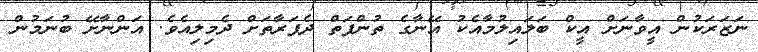
ނަޒަރަކުން އީވާނަށް އީކް ބަލައިލުމާއެކު އޭނާގެ ތުންފަތް ދެފަރާތަށް ދެމިލިއެވެ. އަންނާށޭ ބުނަމުން